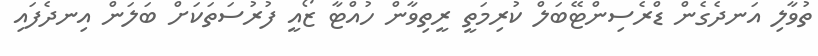
ތުވާލި އަނދެގެން ޑްރެސިންޓޭބަލް ކުރިމަތީ ރީތިވާން ހުއްޓާ ޒޯއީ ފުރުސަތަކަށް ބަލަން އިނދެފައި